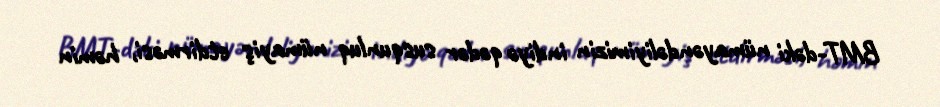
BMT-dəki nümayəndəliyimizin indiyə qədər susqunluq nümayiş etdirməsi, həmin